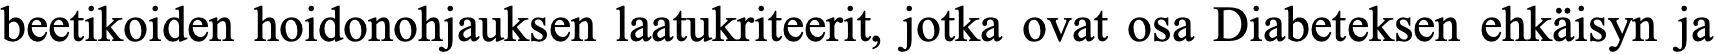
beetikoiden hoidonohjauksen laatukriteerit, jotka ovat osa Diabeteksen ehkäisyn ja